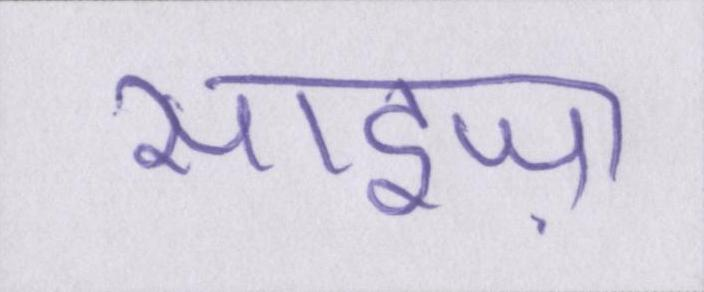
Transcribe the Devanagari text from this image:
साइज़